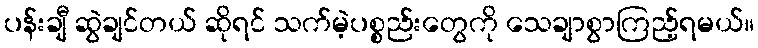
ပန်းချီ ဆွဲချင်တယ် ဆိုရင် သက်မဲ့ပစ္စည်းတွေကို သေချာစွာကြည့်ရမယ်။